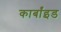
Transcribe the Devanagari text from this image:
कार्बांइड